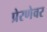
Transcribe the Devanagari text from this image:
प्रेरणेवर